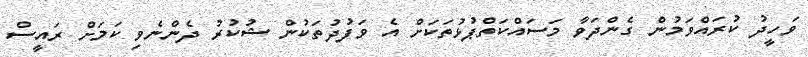
ވަހީދު ކުރައްވަމުން ގެންދަވާ މަސައްކަތްޕުޅުތަކަށް އެ ވަފުދުތަކުން ޝުކުރު ދެންނެވި ކަމަށް ރައީސް